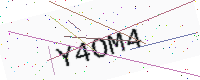
Text: Y4OM4